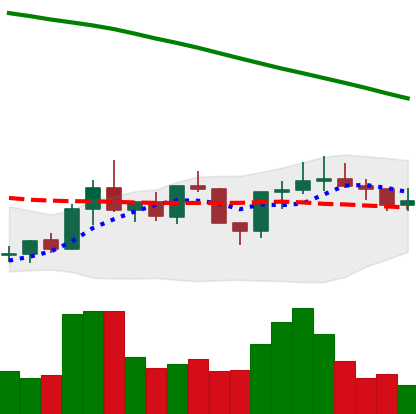
Ticker: ADA-USD
Chart end date: 2022-08-03
Forward return: 7.108%
Label: up_7plus